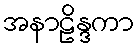
အနာဠိန္ဒကာ